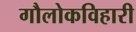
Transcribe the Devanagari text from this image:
गौलोकविहारी